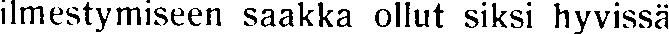
ilmestymiseen saakka ollut siksi hyvissä